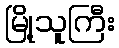
မြို့သူကြီး